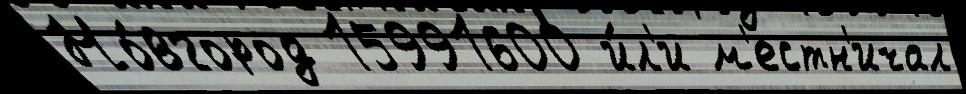
Но́вгород 15991600 и́л'и м'естн'ичал